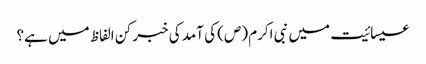
عیسائیت میں نبی اکرم (ص) کی آمد کی خبر کن الفاظ میں‌ ہے؟